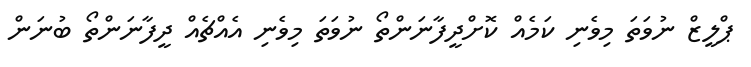
ޕްލީޒް ނުވަތަ މިވެނި ކަމެއް ކޮށްދީފާނަންތޯ ނުވަތަ މިވެނި އެއްޗެއް ދީފާނަންތޯ ބުނަން